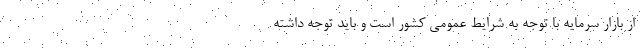
از بازار سرمایه با توجه به شرایط عمومی کشور است و باید توجه داشته